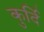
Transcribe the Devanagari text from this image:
कुर्दि